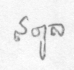
สตูล